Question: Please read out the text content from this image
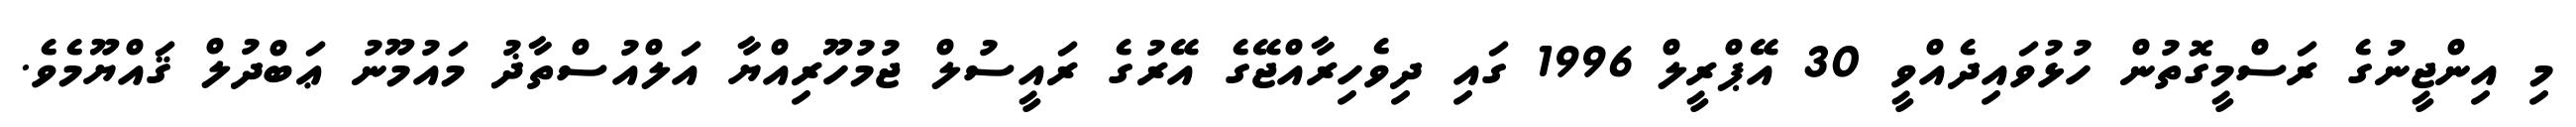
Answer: މި އިންޖީނުގެ ރަސްމީގޮތުން ހުޅުވައިދެއްވީ 30 އޭޕްރީލް 1996 ގައި ދިވެހިރާއްޖޭގެ އޭރުގެ ރައީސުލް ޖުމުހޫރިއްޔާ އަލްއުސްތާޛު މައުމޫނު ޢަބްދުލް ޤައްޔޫމެވެ.